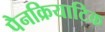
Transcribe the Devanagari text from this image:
पैनक्रियाटिक